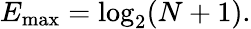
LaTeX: \begin{array}{r}{E_{\operatorname*{max}}=\log_{2}(N+1).}\end{array}